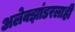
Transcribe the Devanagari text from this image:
अलेक्झांडरलाही